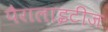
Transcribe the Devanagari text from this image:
पैरालाइटीज